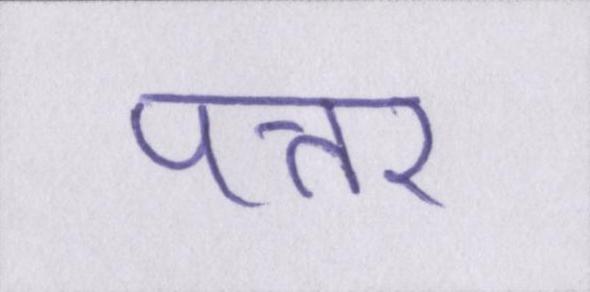
पत्तर